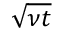
\sqrt { \nu t }